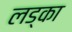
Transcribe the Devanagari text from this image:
लड्का